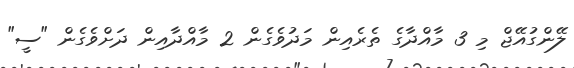
ލޭންގުއޭޖް މި 3 މާއްދާގެ ތެރެއިން މަދުވެގެން 2 މާއްދާއިން ދަށްވެގެން "ސީ"